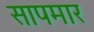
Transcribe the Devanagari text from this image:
सापमार